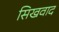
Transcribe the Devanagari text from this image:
सिखवाद